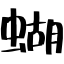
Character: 蝴